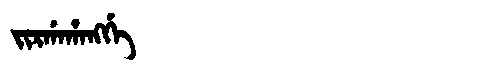
Manchu: ᠵᡳᡵᡤᠠᡥᠠᠩᡤᡝ
Romanization: JIRGAHANGGE